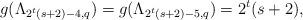
LaTeX: \begin{align*} g(\Lambda_{2^{t}(s+2)-4,q})=g(\Lambda_{2^{t}(s+2)-5,q})=2^{t}(s+2), \end{align*}